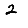
Digit: 2